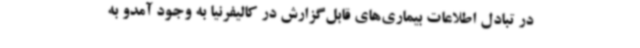
در تبادل اطلاعات بیماری‌های قابل‌گزارش در کالیفرنیا به وجود آمدو به